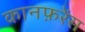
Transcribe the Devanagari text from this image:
कानफ़रेंस